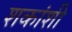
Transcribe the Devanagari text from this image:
शकांशी